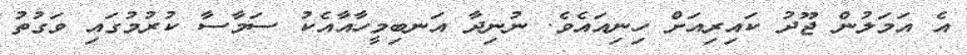
އެ އަމަލުން ޖޫދު ކައިރިއަށް ހިނިއައެވެ. ނުނިދާ އަނބިމީހާއާއެކު ސަމާސާ ކުރުމުގައި ވަގުތު